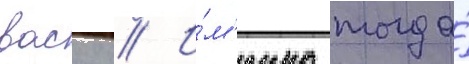
васку // И́м'енно тогда́